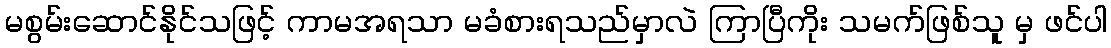
မစွမ်းဆောင်နိုင်သဖြင့် ကာမအရသာ မခံစားရသည်မှာလဲ ကြာပြီကိုး သမက်ဖြစ်သူ မှ ဖင်ပါ